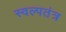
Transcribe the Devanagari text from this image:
स्वल्पतंत्र